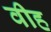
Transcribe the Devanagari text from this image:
वीह